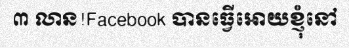
៣ លាន!Facebook បានធ្វើអោយខ្ញុំនៅ